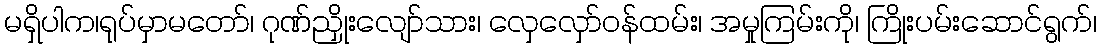
မရှိပါက၊ရုပ်မှာမတော်၊ ဂုဏ်ညှိုးလျော်သား၊ လှေလှော်ဝန်ထမ်း၊ အမှုကြမ်းကို၊ ကြိုးပမ်းဆောင်ရွက်၊